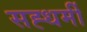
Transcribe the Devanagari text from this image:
सह्धर्मी